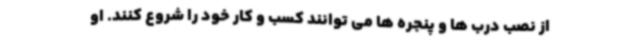
از نصب درب ها و پنجره ها می توانند کسب و کار خود را شروع کنند. او